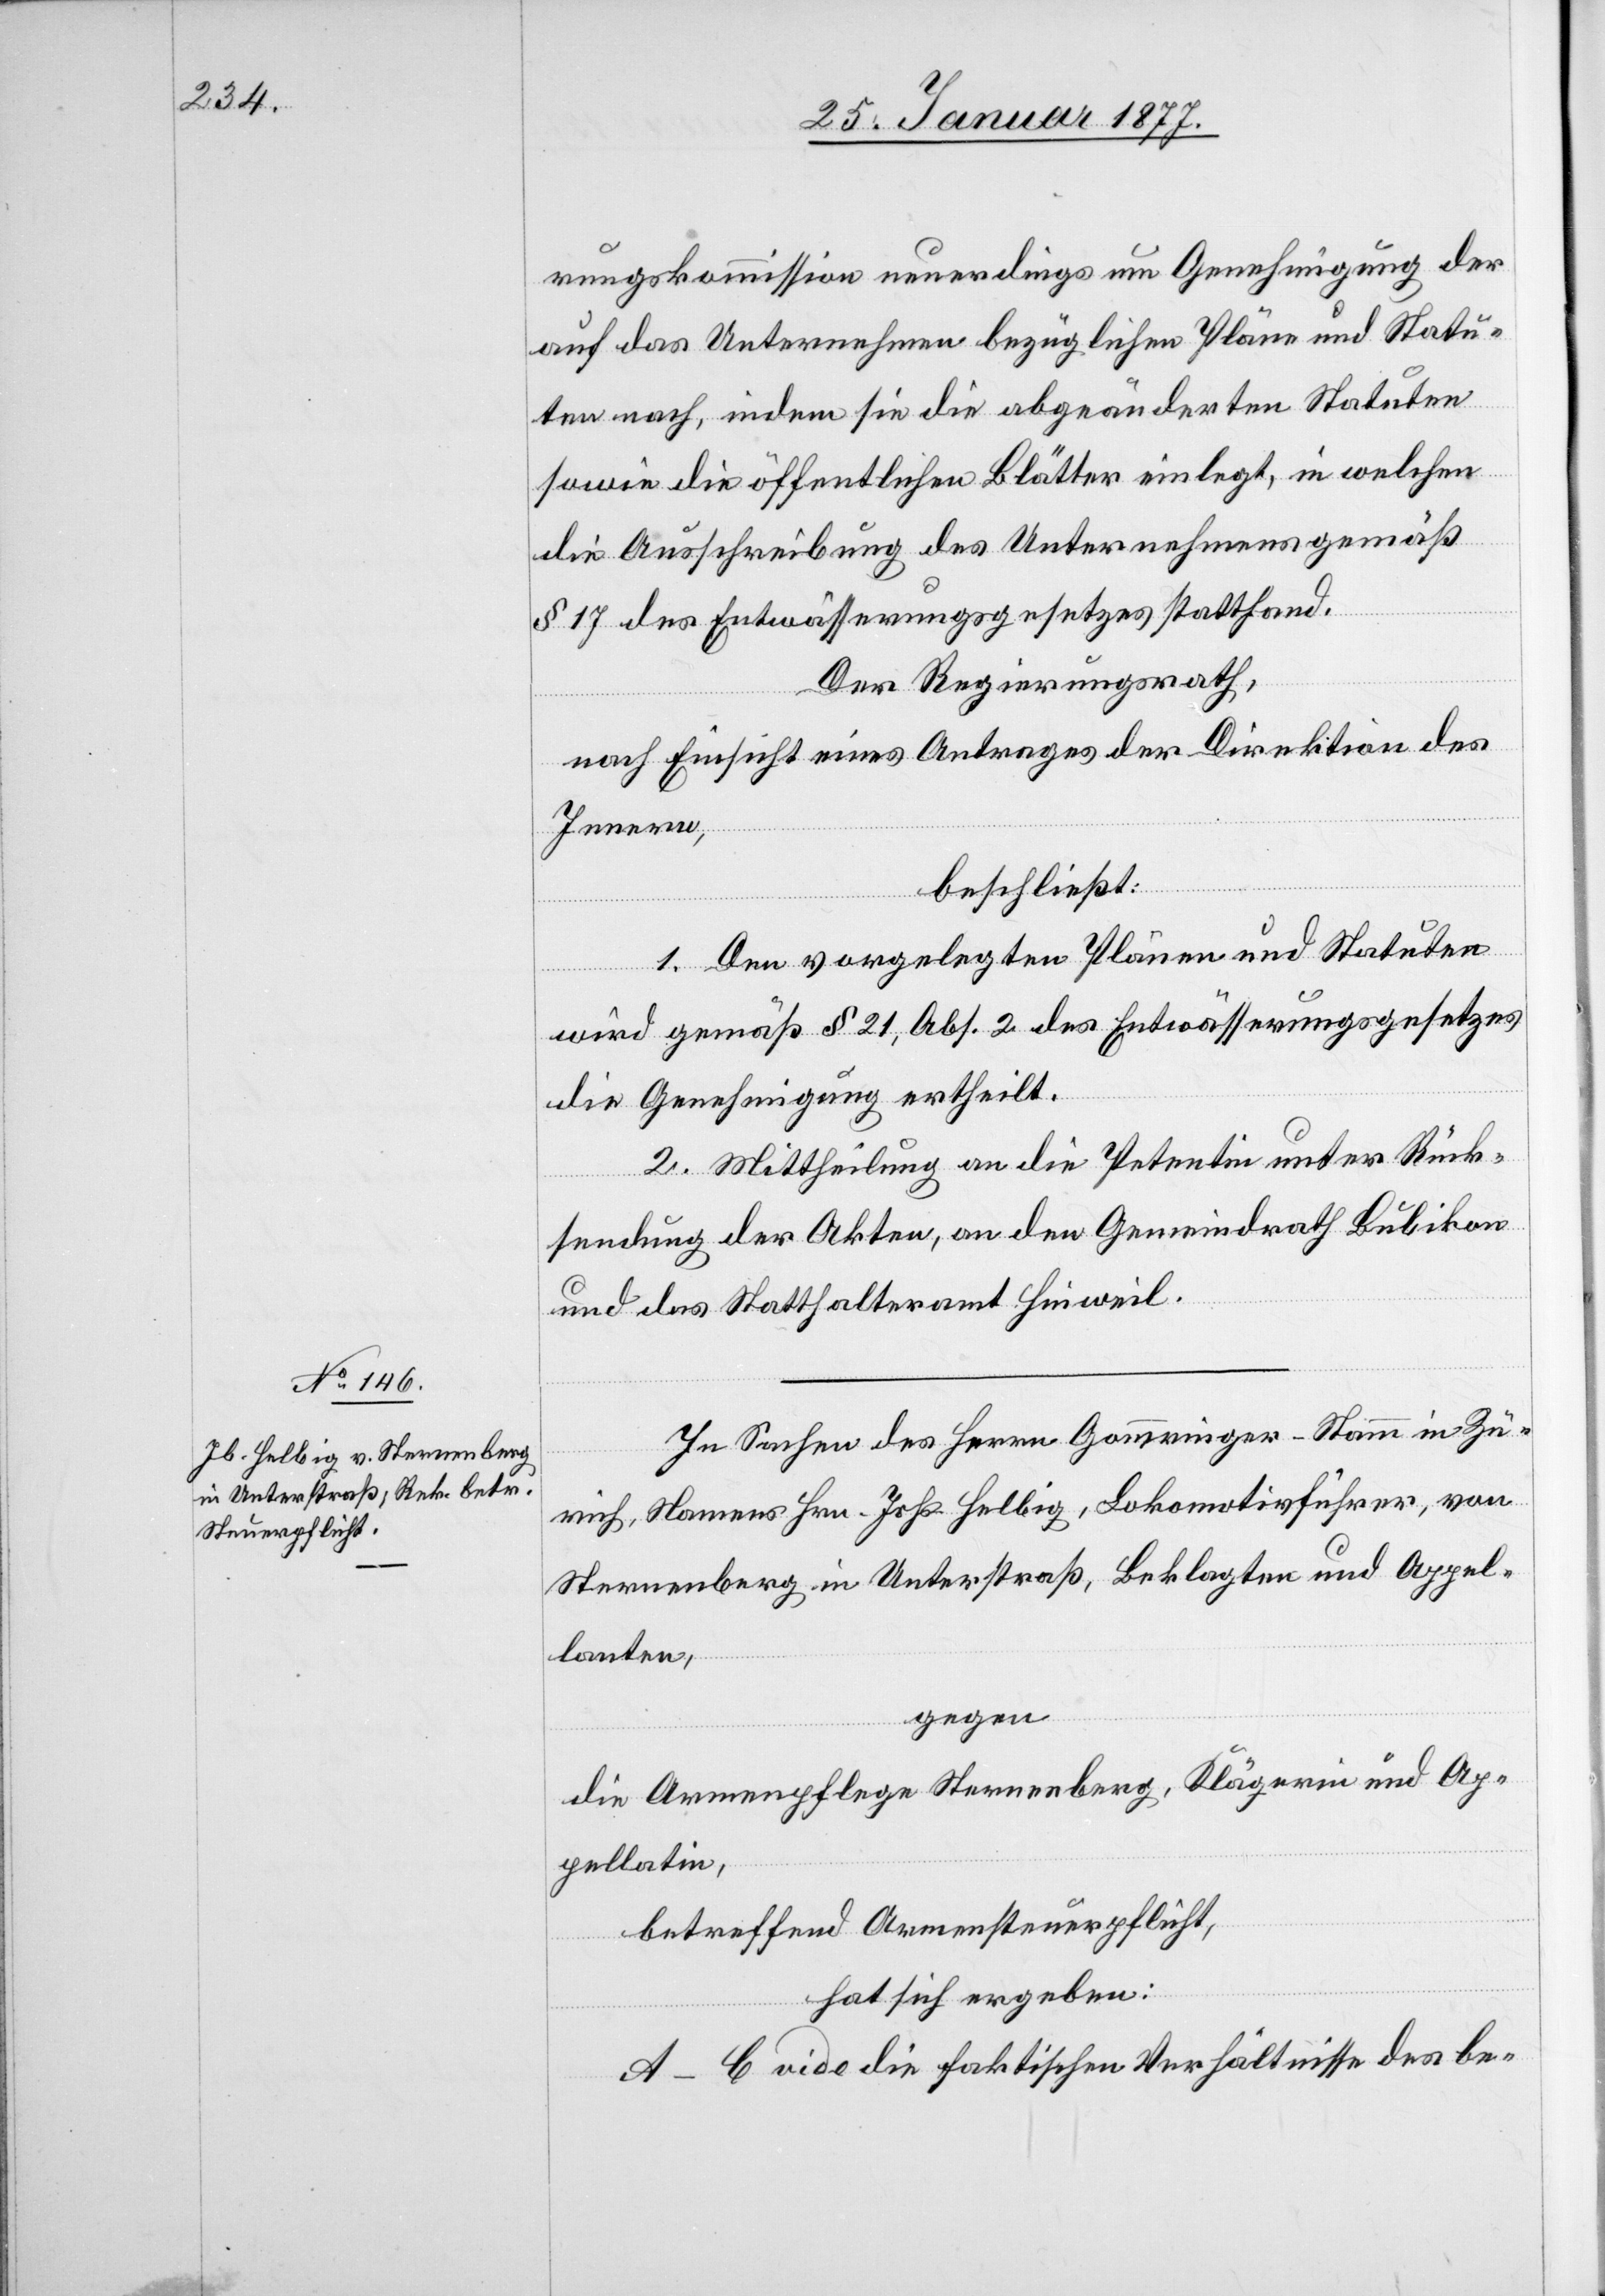
rungskommission neuerdings um Genehmigung der
auf das Unternehmen bezüglichen Pläne und Statu¬
ten nach, indem sie die abgeänderten Statuten
sowie die öffentlichen Blätter einlegt, in welchen
die Ausschreibung des Unternehmens gemäß
§ 17 des Entwässerungsgesetzes stattfand.
Der Regierungsrath,
nach Einsicht eines Antrages der Direktion des
Innern,
beschließt:
1. Den vorgelegten Plänen und Statuten
wird gemäß § 21, Abs. 2. des Entwässerungsgesetzes
die Genehmigung ertheilt.
2. Mittheilung an die Petentin unter Rück¬
sendung der Akten, an den Gemeindrath Bubikon
und das Statthalteramt Hinweil.
In Sachen des Herrn Gommringer-Stamm in Zü¬
rich, Namens Hrn. Johs. Helbig, Lokomotivführer, von
Sternenberg in Unterstraß, Beklagten und Appel¬
lanten,
gegen
die Armenpflege Sternenberg, Klägerin und Ap¬
pellatin,
betreffend Armensteuerpflicht,
hat sich ergeben:
A–C vide die faktischen Verhältnisse des be-